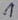
Text: 1